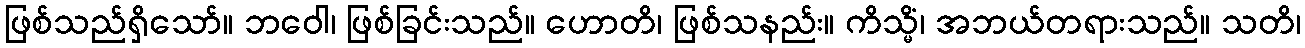
ဖြစ်သည်ရှိသော်။ ဘဝေါ၊ ဖြစ်ခြင်းသည်။ ဟောတိ၊ ဖြစ်သနည်း။ ကိသ္မိံ၊ အဘယ်တရားသည်။ သတိ၊